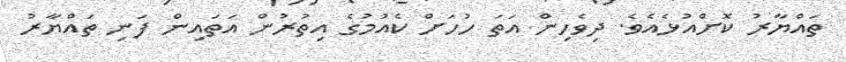
ތައްޔާރު ކޮށްއުޅެއެވެ. ދިވެހިން އަތަ ހުހަށް ކެއުމުގެ އިތުރުން އަތައިން ފަނި ތައްޔާރު